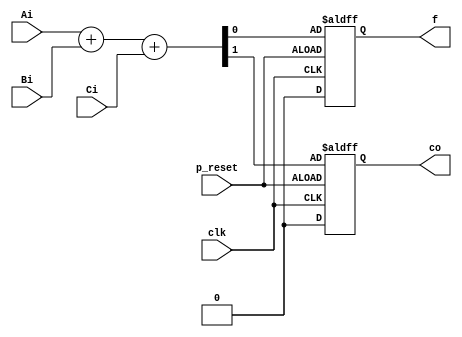
/*
    auther : yqiu
    date   : 2022-11-3

    1-bit full-adder
*/
module adder_32bits (

    input  clk,
    input  p_reset,

    input   Ai,
    input   Bi,
    input   Ci,
    
    output reg [0:0] f,
    output reg [0:0] co
);


wire pre_co;
wire pre_add;
assign {pre_co, pre_add} = Ai + Bi + Ci;

always @ (posedge clk, negedge p_reset) begin
    
    if(p_reset) begin
        co <= 1'b0;
    end
    else begin
        co <= pre_co;
    end

end

always @ (posedge clk, negedge p_reset) begin
    
    if(p_reset) begin
        f  <= 1'b0;
    end
    else begin
        f  <= pre_add;
    end
end


endmodule